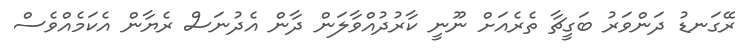
ރޭގަނޑު ދަންވަރު ބަގީޗާ ތެރެއަށް ނޫނީ ކާރުދުއްވާލަން ދާން އެދުނަސް ރެޔާން އެކަމެއްވެސް